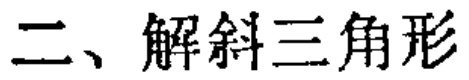
二、解斜三角形